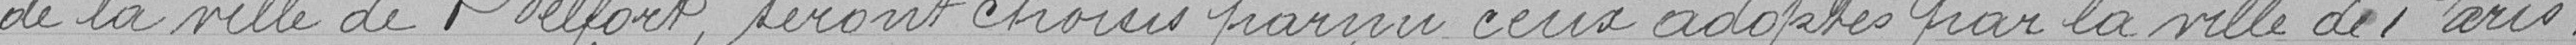
de la ville de Belfort seront choisis parmi ceux adoptés par la ville de Paris